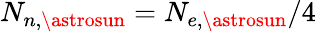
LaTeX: N_{n,\astrosun}=N_{e,\astrosun}/4